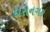
દારાનગર